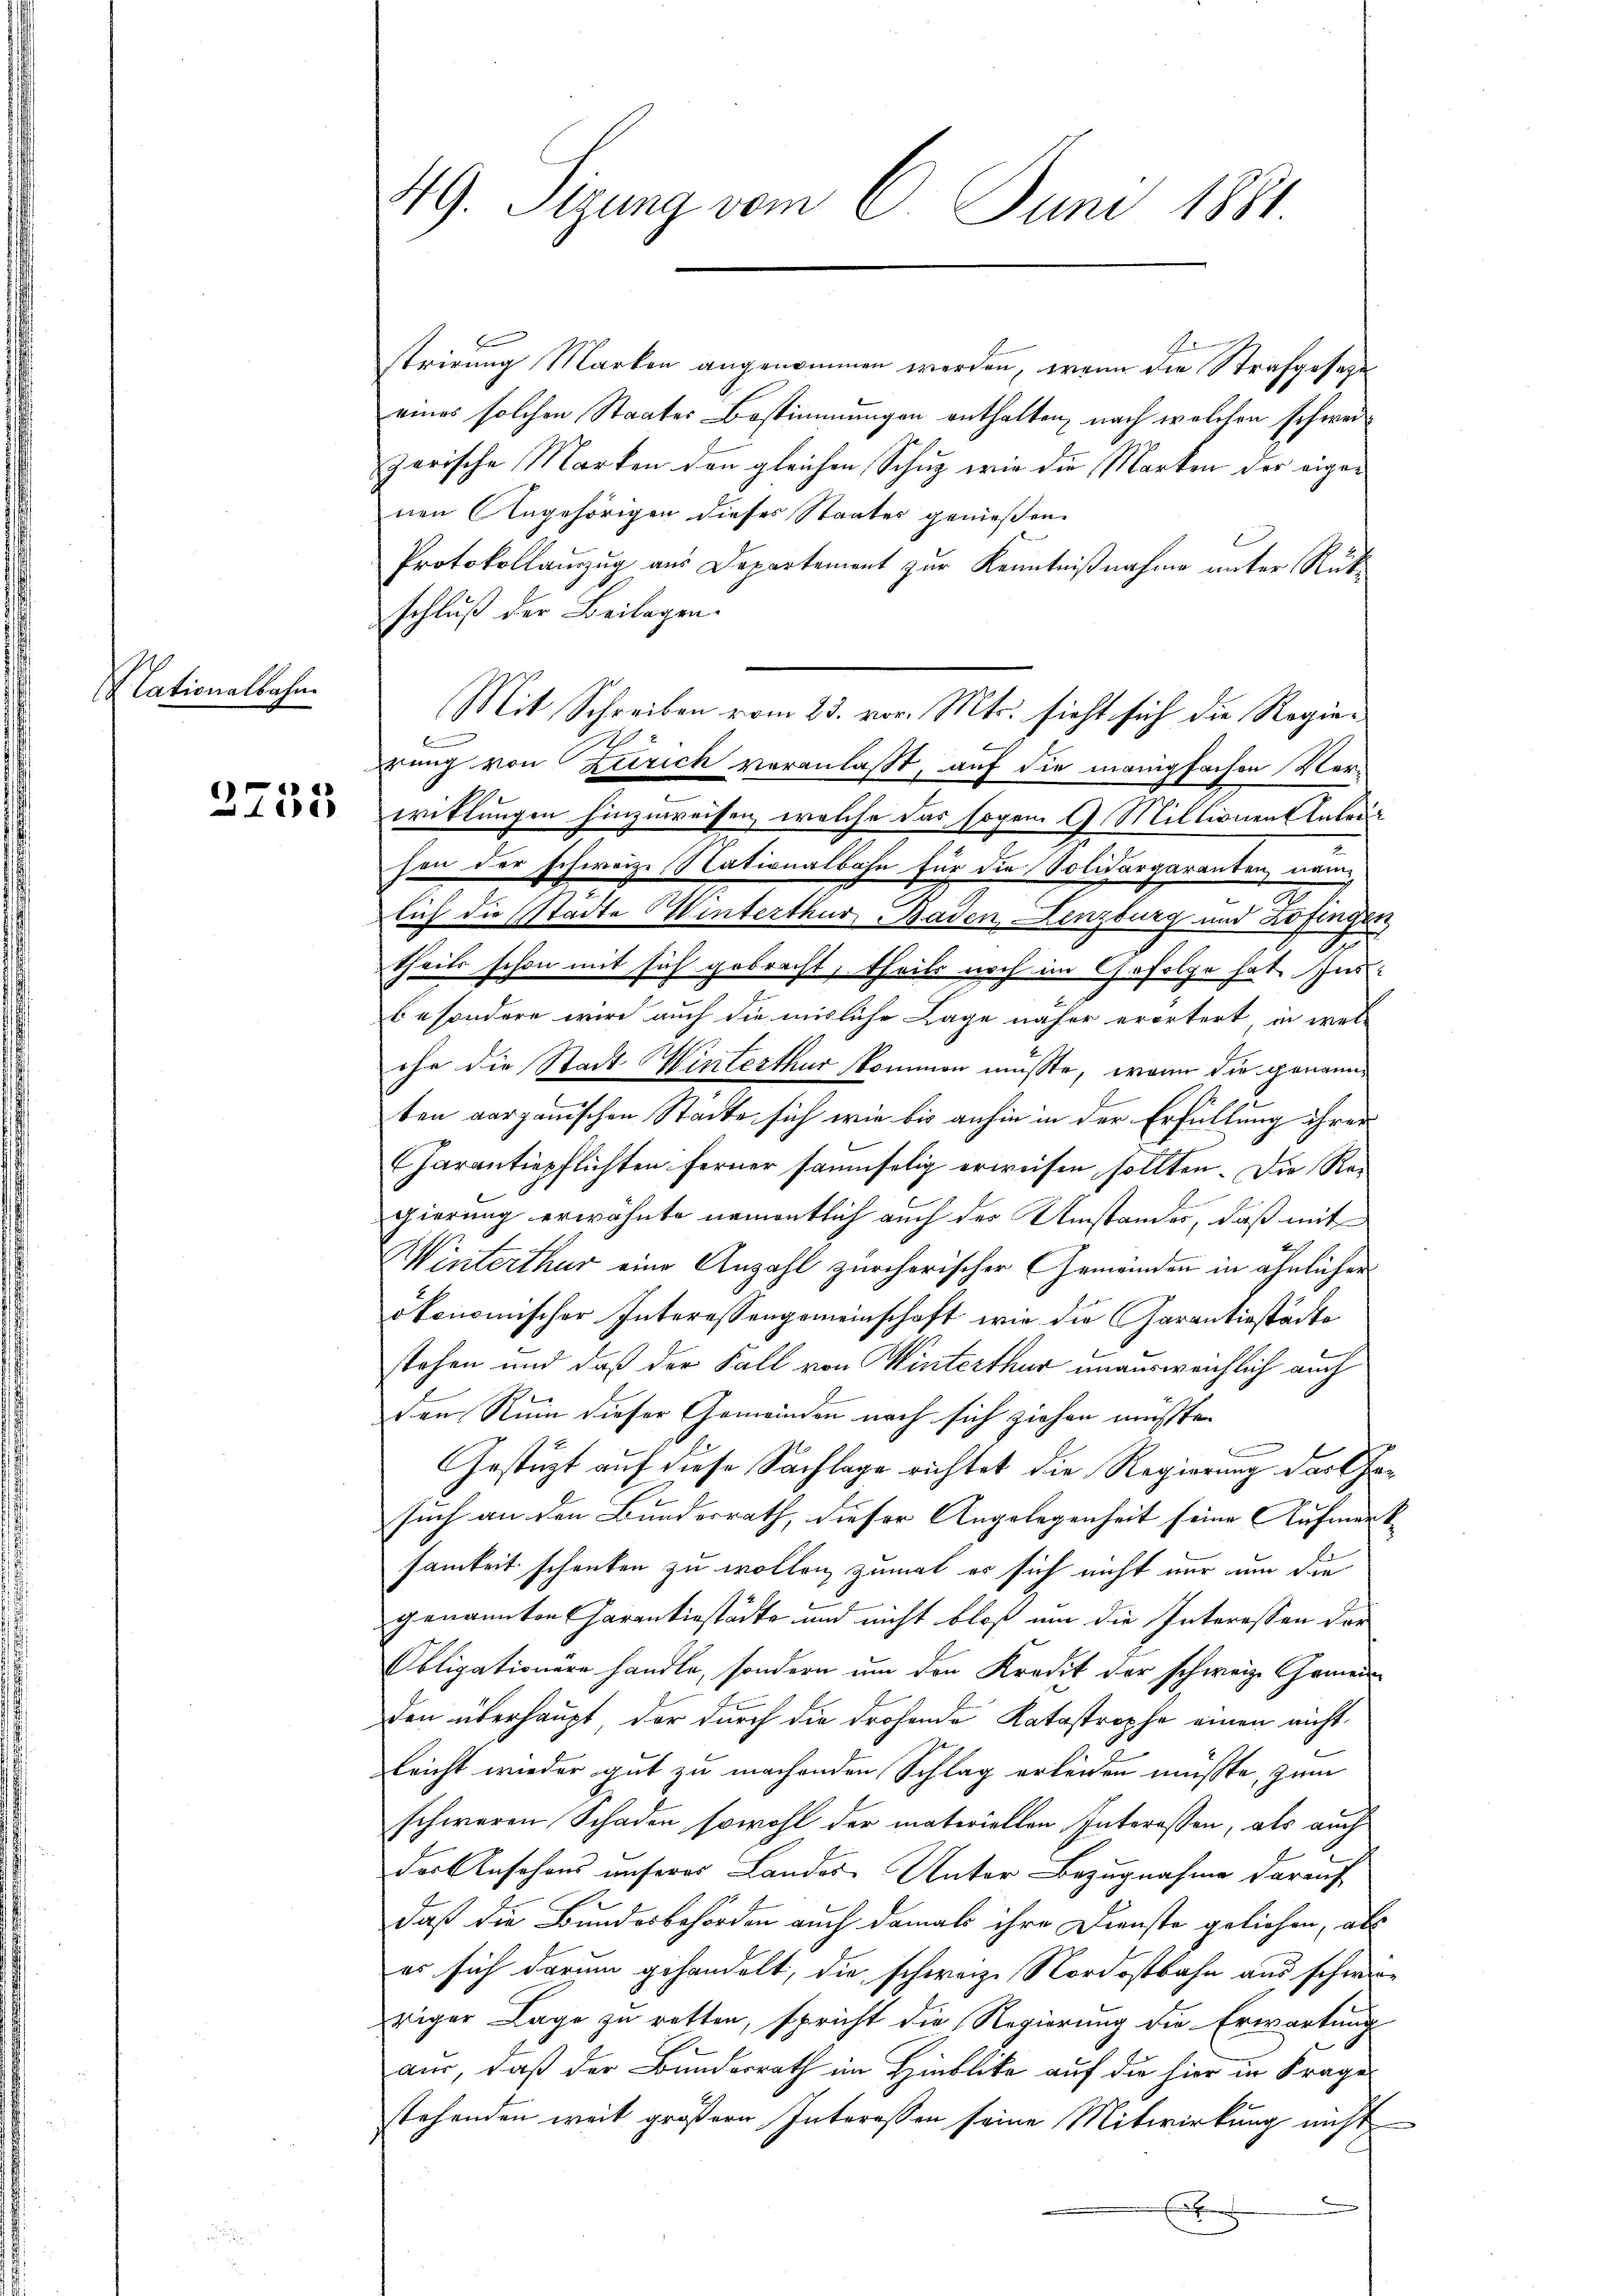
Alationalbahn

2735

49. Sizung vom 6. Juni 1881.

strirung Marken angenommen werden, wenn die Strafgesetze
eines solchen Staates Bestimmungen enthalten, nach welchen schweizerische Marken von gleichen Schuz wie die Marken der eigenen Angehörigen dieses Staates genießen.
Protokollauszug aus Departement zur Kenntnißnahme unter Rükschluß der Beilagen.
Mit Schreiben vom 23. vor. Mts. sieht sich die Regie¬
A
rung von Zürich veranlaßt, auf die manigfachen Vorwriklungen hinzuweisen, welche das sogar 9. Millionen Antrag
hen der schweize Nationalbahn für die Polidargaranten, nam
lich die Städte Winterthur, Baden Lenzburg und Zofingen
theils schon mit sich gebracht, theils noch im Gefolge hat. Insbesondere wird auch die misliche Lage näher erörtert in welehe die Stadt Winterthur skommen müsste, wenn die genannten aarganischen Städte sich wie bis anhin in der Erfüllung ihrer
Charantiepflichten ferner saumselig erweisen sollten. Die Regierung erwähnte namentlich auch der Umstandes, daß mit
Winterthur eine Anzahl zürcherischer Gemeinden in ähnlicher
ökonomischer Interessengemeinschaft wir die Garantiestädte
stehen und daß der Fall von Winterthur unausweichlich auch
den Ruin dieser Gemeinden nach sich ziehen mußten.
C
Gestüzt auf diese Sachlage richtet die Regierung das Gesuch an den Bundesrath, dieser Angelegenheit seine Aufmerksamkeit schenken zu wollen, zumal er sich nicht nur um die
genannten Garantiestädte und nicht bloß um die Interessen der
Obligationern handle, sondern um den Kredit der schweiz. Gemeinden überhaupt der durch die drohende Katastrophe einen nicht
leicht wieder gut zu machenden Schlag erleiden müsste, zum
schweren Schaden sowohl der materiellen Interessen, als auch
der Ansehens unserer Landes Unter Bezugnahme darauf
daß die Bundesbehörden auch damals ihre Dienste geliehen, als
es sich darum gehandelt, die schweiz. Nordostbahn aus schwere
riger Lage zu retten, spricht die Regierung die Erwartung
aus, daß der Bundesrath im Hinblicke auf die hier in Frage
stehenden weit größern Interessen seine Mitwirkung nicht
e